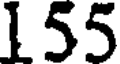
155